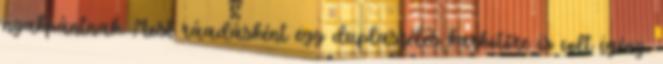
nyakpántnak. Most ráadásként egy duplaszéles karkötőre is volt igény.